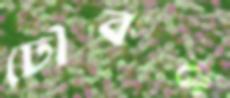
ঢৌকন